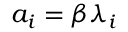
a _ { i } = \beta \lambda _ { i }